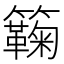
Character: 𥷥